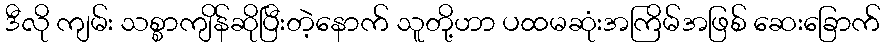
ဒီလို ကျမ်း သစ္စာကျိန်ဆိုပြီးတဲ့နောက် သူတို့ဟာ ပထမဆုံးအကြိမ်အဖြစ် ဆေးခြောက်